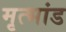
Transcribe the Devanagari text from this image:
मृत्भांड